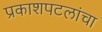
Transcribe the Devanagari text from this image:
प्रकाशपटलांचा